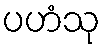
ပဟံသု